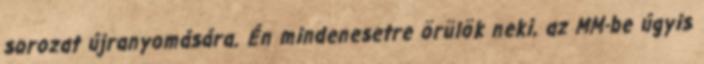
sorozat újranyomására. Én mindenesetre örülök neki, az MM-be úgyis